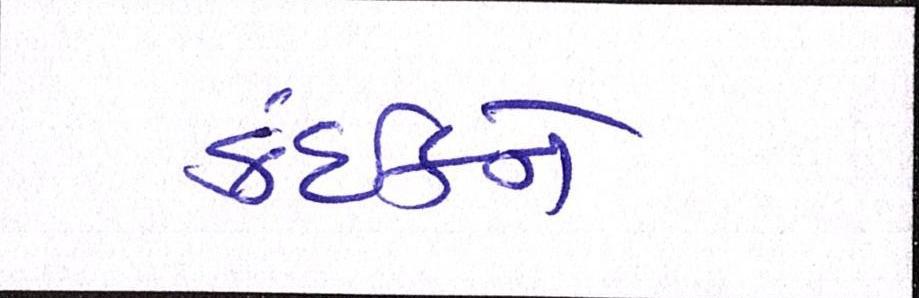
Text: કંઈકને